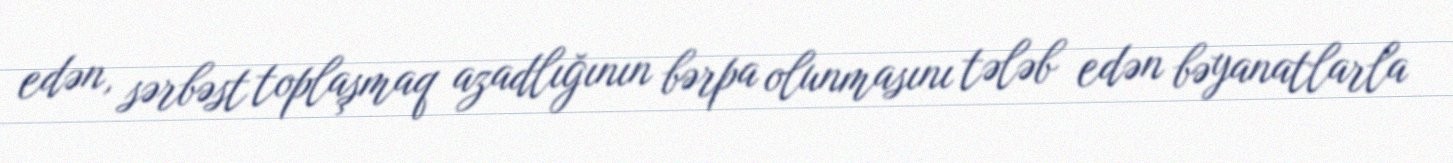
edən, sərbəst toplaşmaq azadlığının bərpa olunmasını tələb edən bəyanatlarla